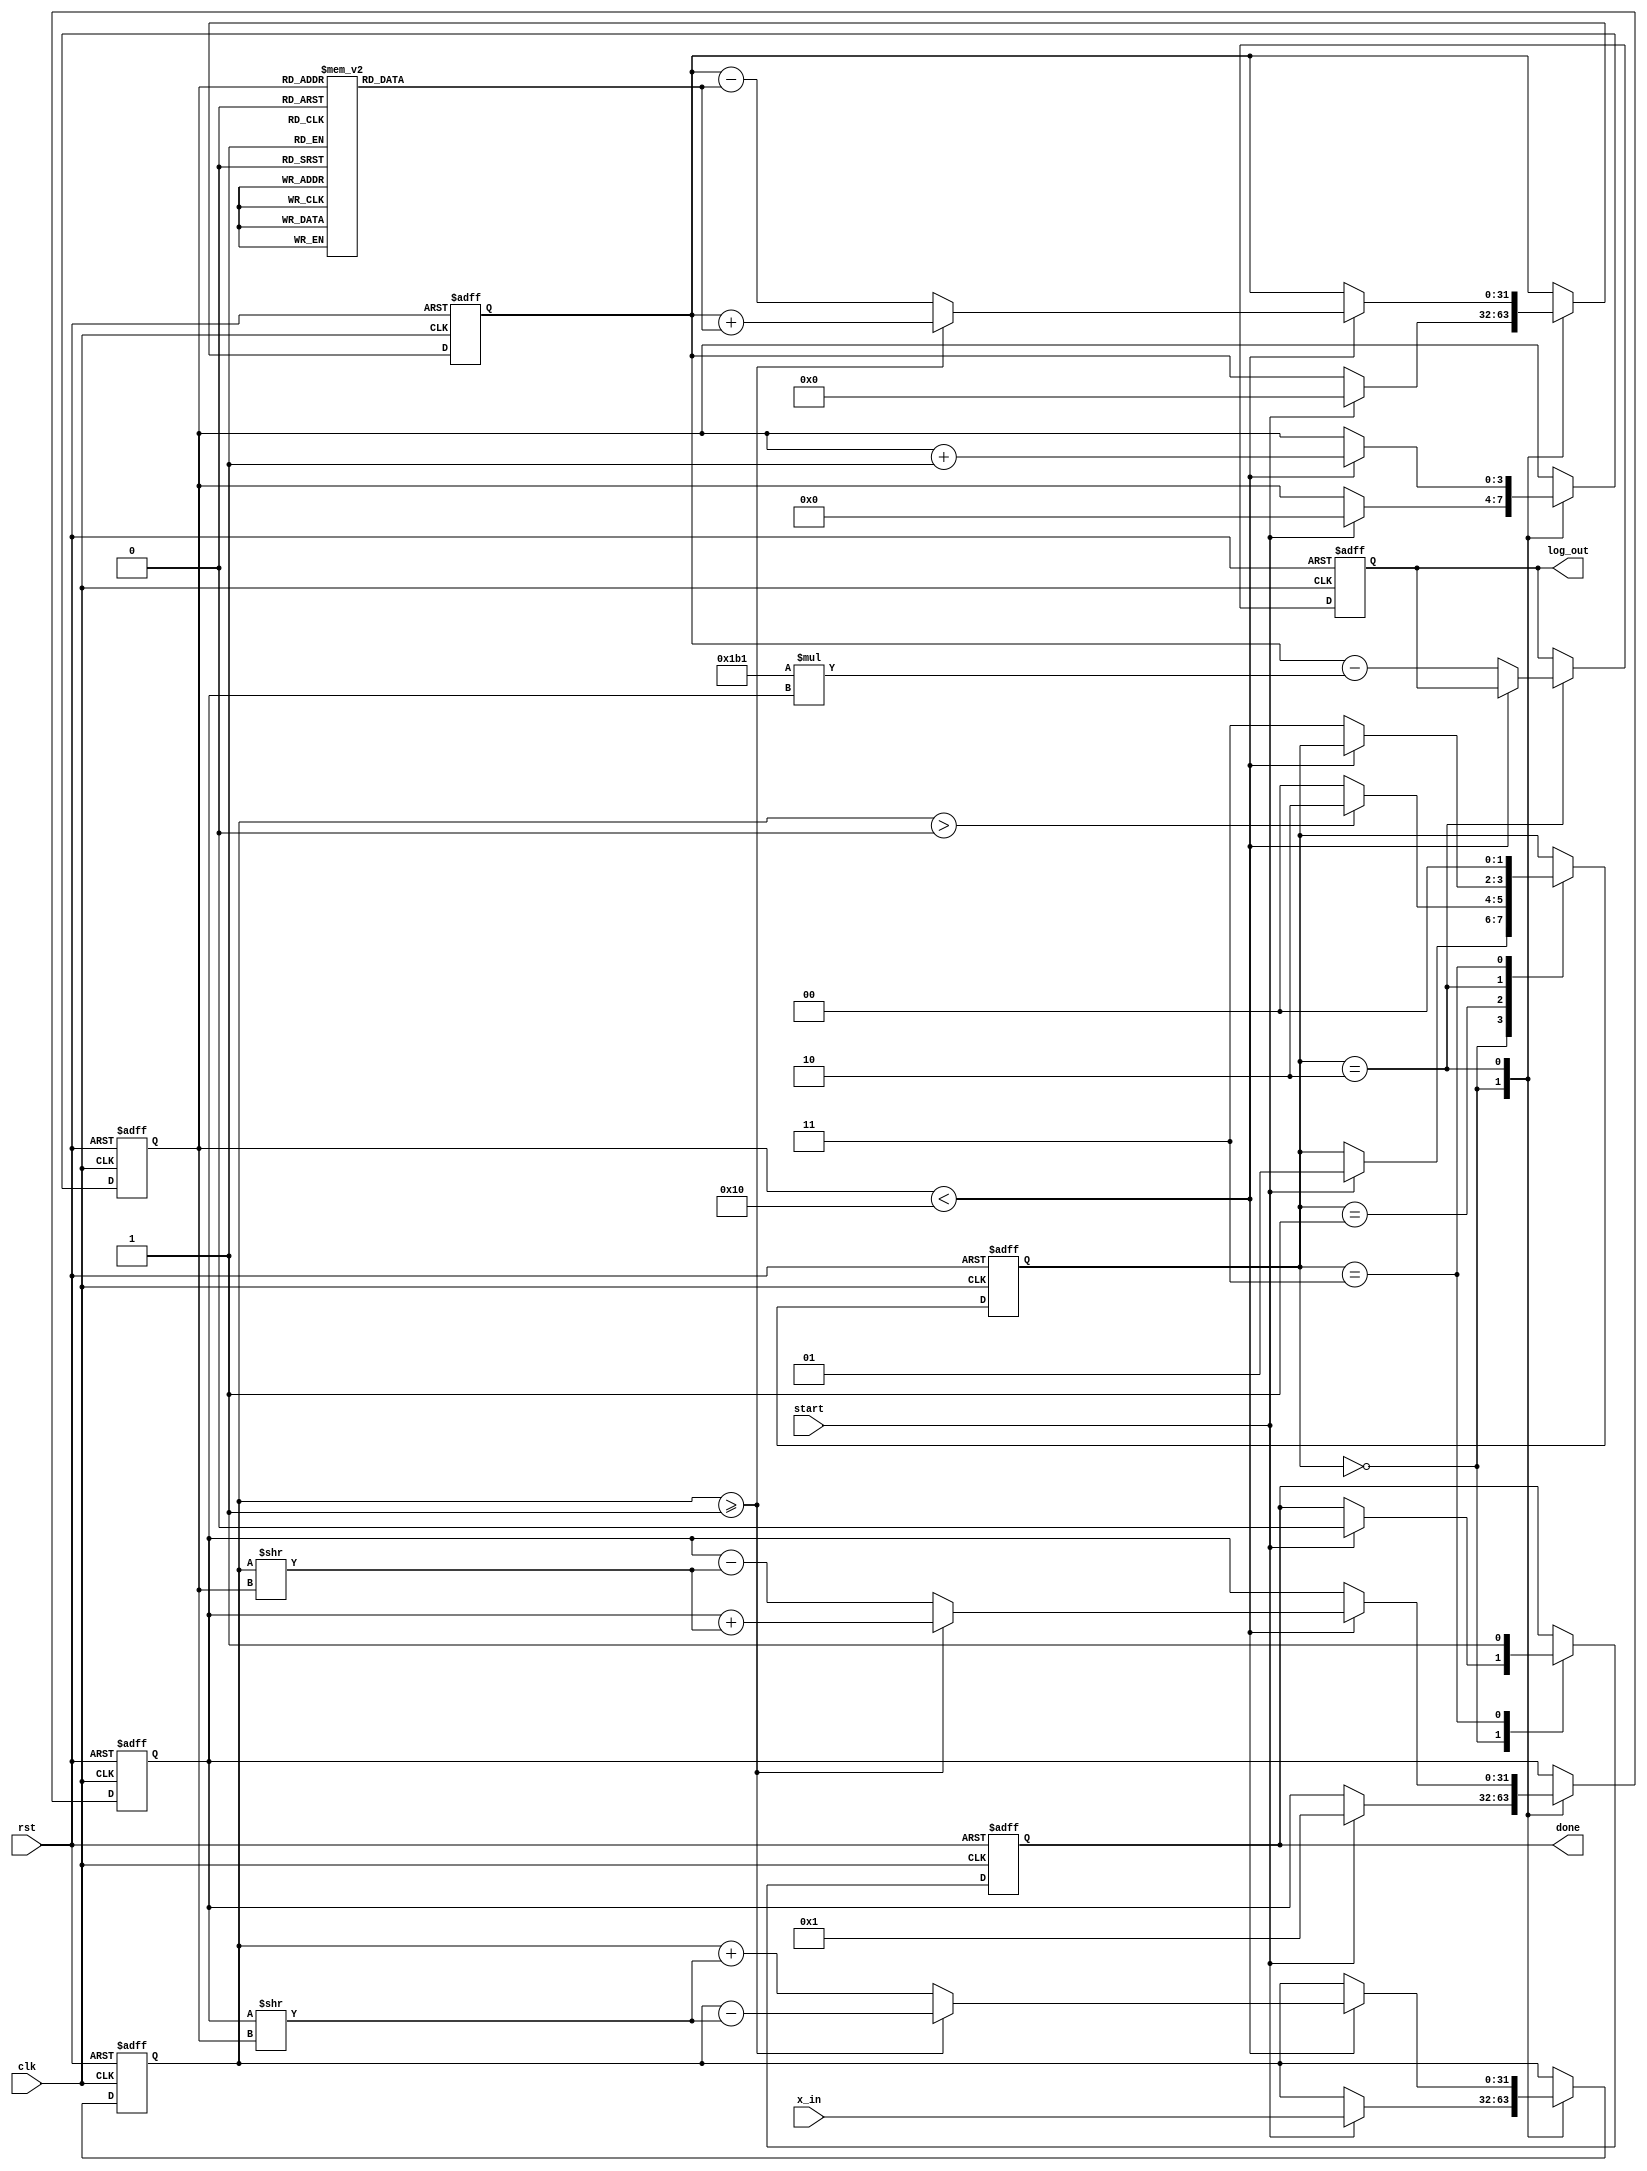
module CORDIC_Logarithm (
    input wire clk,
    input wire rst,
    input wire start,
    input wire [31:0] x_in,       // Input value (positive floating-point)
    output reg [31:0] log_out,    // Output natural logarithm
    output reg done                // Indicates computation is complete
);
    parameter NUM_ITER = 16;  // Number of CORDIC iterations
    parameter K = 32'h0001B1;  // Scaling factor K (coefficients for CORDIC)

    // CORDIC arctan constants (in fixed point)
    reg [31:0] atan_table [0:NUM_ITER-1];
    initial begin
        atan_table[0] = 32'h00000000; // arctan(0)
        atan_table[1] = 32'h00000020; // arctan(1/2^1)
        atan_table[2] = 32'h00000015; // arctan(1/2^2)
        atan_table[3] = 32'h0000000C; // arctan(1/2^3)
        atan_table[4] = 32'h00000008; // arctan(1/2^4)
        atan_table[5] = 32'h00000005; // arctan(1/2^5)
        atan_table[6] = 32'h00000003; // arctan(1/2^6)
        atan_table[7] = 32'h00000002; // arctan(1/2^7)
        atan_table[8] = 32'h00000001; // arctan(1/2^8)
        atan_table[9] = 32'h00000001; // arctan(1/2^9)
        atan_table[10] = 32'h00000000; // Placeholder values for other iterations
        atan_table[11] = 32'h00000000;
        atan_table[12] = 32'h00000000;
        atan_table[13] = 32'h00000000;
        atan_table[14] = 32'h00000000;
        atan_table[15] = 32'h00000000;
    end

    reg [31:0] x_curr; // Current x value (initially x in)
    reg [31:0] z_curr; // Current z value (angle)
    reg [31:0] y_curr; // Current y value
    reg [3:0] iter;    // Iteration counter
    reg [1:0] state;   // State machine: 0=idle, 1=init, 2=iterating, 3=done

    // State machine to control the operation
    always @(posedge clk or posedge rst) begin
        if (rst) begin
            state <= 0;
            x_curr <= 0;
            y_curr <= 0;
            z_curr <= 0;
            iter <= 0;
            log_out <= 0;
            done <= 0;
        end else begin
            case(state)
                0: begin // Idle state
                    if (start) begin
                        x_curr <= x_in; // Initialize x_curr
                        y_curr <= 32'h00000001; // y for CORDIC
                        z_curr <= 0;
                        iter <= 0;
                        state <= 1; // Go to initialization
                        done <= 0;
                    end
                end
                1: begin // Initialization
                    if (x_curr > 32'h00000000) begin // Ensure x is positive
                        state <= 2; // Go to iterating
                    end else begin
                        state <= 0; // Go back to idle if invalid input
                    end
                end
                2: begin // Iterating
                    if (iter < NUM_ITER) begin
                        // CORDIC rotation logic
                        if (x_curr >= 32'h00000001) begin // Rotate clockwise
                            x_curr <= x_curr - (y_curr >> iter);
                            y_curr <= y_curr + (x_curr >> iter);
                            z_curr <= z_curr + atan_table[iter];
                        end else begin // Rotate counterclockwise
                            x_curr <= x_curr + (y_curr >> iter);
                            y_curr <= y_curr - (x_curr >> iter);
                            z_curr <= z_curr - atan_table[iter];
                        end
                        iter <= iter + 1; // move to the next iteration
                    end else begin
                        // Compute the final logarithm and apply scaling
                        log_out <= z_curr - (K * y_curr); // Adjust output with scaling factor
                        state <= 3; // Move to done state
                    end
                end
                3: begin // Done state
                    done <= 1;
                    state <= 0; // Return to idle after output
                end
            endcase
        end
    end
endmodule